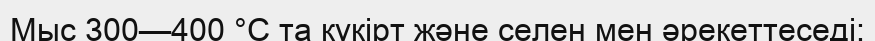
Мыс 300—400 °C та күкірт және селен мен әрекеттеседі: